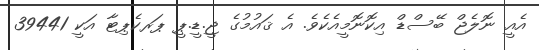
އެއީ ނޮލެޖް ބޭސްޑް އިކޮނޮމީއެކެވެ. އެ ޤައުމުގެ ޖީ.ޑީ.ޕީ ޕަރކެޕިޓާ އަކީ 39441